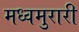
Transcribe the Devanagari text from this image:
मध्वमुरारी